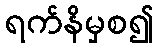
ရက်နိမှစ၍